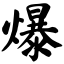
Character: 爆